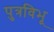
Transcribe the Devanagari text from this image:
पुत्रविभू